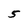
Character: 5